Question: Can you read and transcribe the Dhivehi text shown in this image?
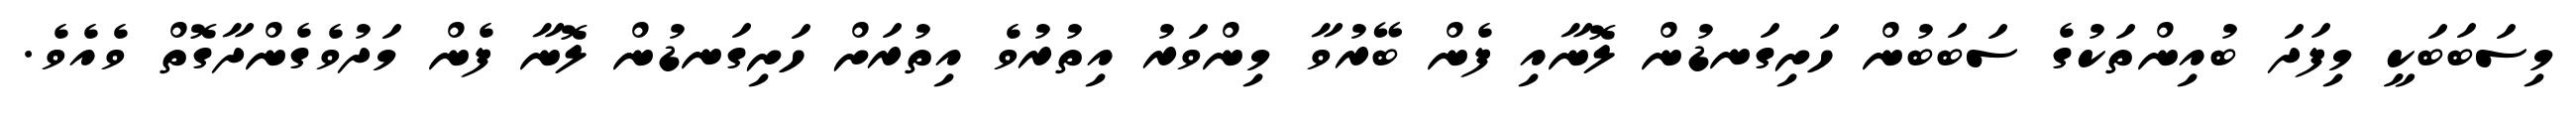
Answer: މިސަބަބަކީ މިފަދަ ބުއިންތަކުގެ ސަބަބުން ހަށިގަނޑުން ލޮނާއި ފެން ބޭރުވާ މިންވަރު އިތުރުވެ އިތުރަށް ހަށިގަނޑުން ލޮނާ ފެން މަދުވެގެންދާގޮތް ވެއެވެ.